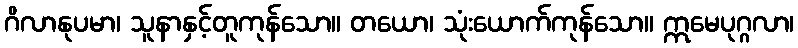
ဂိလာနုပမာ၊ သူနာနှင့်တူကုန်သော။ တယော၊ သုံးယောက်ကုန်သော။ ဣမေပုဂ္ဂလာ၊